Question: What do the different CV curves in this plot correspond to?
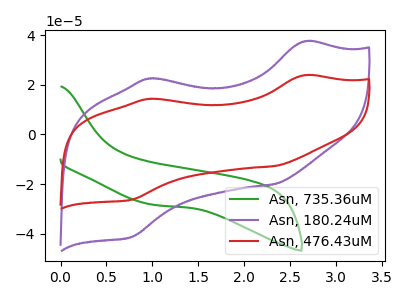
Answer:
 <answer>The green curve is labeled "Asn, 735.36uM". The purple curve is labeled "Asn, 180.24uM". The red curve is labeled "Asn, 476.43uM".</answer>
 <eval></eval>